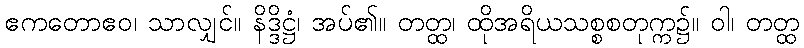
ဧကတောဧဝ၊ သာလျှင်။ နိဒ္ဒိဋ္ဌံ၊ အပ်၏။ တတ္ထ၊ ထိုအရိယသစ္စစတုက္က၌။ ဝါ၊ တတ္ထ